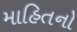
માહિતનો